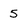
Character: 5